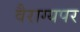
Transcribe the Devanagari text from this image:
वैराग्यपर